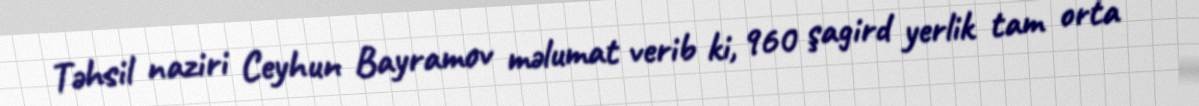
Təhsil naziri Ceyhun Bayramov məlumat verib ki, 960 şagird yerlik tam orta